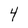
Character: 4